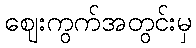
ဈေးကွက်အတွင်းမှ